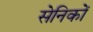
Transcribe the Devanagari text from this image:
सेनिकों